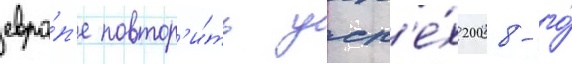
евро́п'е повтор'и́ть усп'е́х 2008-го́